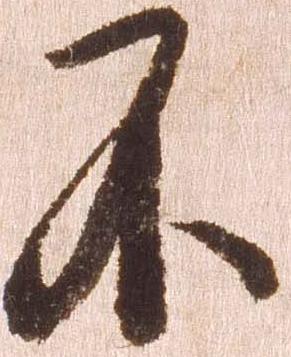
不